Report of the Indian Hemp Drugs Commission, 1894-1895 - Volume VI
Year: 1894
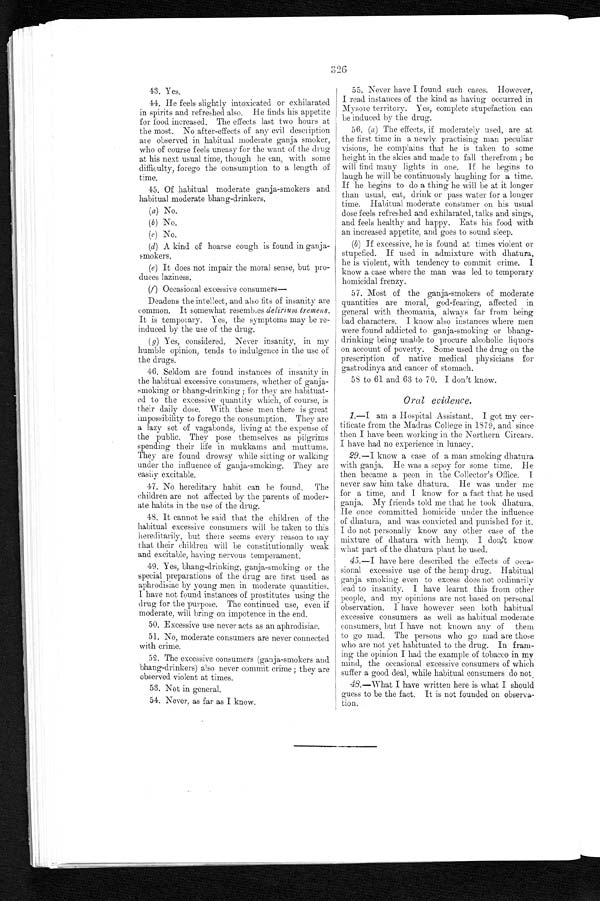
326
43. Yes.
44. He feels slightly intoxicated or exhilarated
in spirits and refreshed also. He finds his appetite
for food increased. The effects last two hours at
the most. No after-effects of any evil description
are observed in habitual moderate ganja smoker,
who of course feels uneasy for the want of the drug
at his next usual time, though he can, with some
difficulty, forego the consumption to a length of
time,
45. Of habitual moderate ganja-smokers and
habitual moderate bhang-drinkers.
(a) No.
(b) No.
(c)
N o .
(
d
) A kind of hoarse cough is found in ganja
- s m o k e r s .
(
e
) It does not impair the moral sense, but pro
- d u c e s l a z i n e s s .
(f) Occasional excessive consumers—
Deadens the intellect, and also fits of insanity are
common. It somewhat resembes delirium tremens.
It is temporary. Yes, the symptoms may be re
- i n d u c e d b y t h e u s e o f t h e d r u g .
(g) Yes, considered. Never insanity, in my
humble opinion, tends to indulgence in the use of
the drugs.
46. Seldom are found instances of insanity in
the habitual excessive consumers, whether of ganja
-smoking or bhang-drinking ; for they are habituat
- e d t o t h e e x c e s s i v e q u a n t i t y w h i c h , o f c o u r s e , i s
their daily dose. With these men there is great
impossibility to forego the consumption. They are
a lazy set of vagabonds, living at the expense of
the public. They pose themselves as pilgrims
spending their life in mukkams and muttums.
They are found drowsy while sitting or walking
under the influence of ganja-smoking. They are
easily excitable.
47. No hereditary habit can he found. The
children are not affected by the parents of moder
- a t e h a b i t s i n t h e u s e o f t h e d r u g .
48. It cannot be said that the children of the
habitual excessive consumers will be taken to this
hereditarily, but there seems every reason to say
that their children will be constitutionally weak
and excitable, having nervous temperament.
49. Yes, bhang-drinking, ganja-smoking or the
special preparations of the drug are first used as
aphrodisiac by young men in moderate quantities.
I have not found instances of prostitutes using the
drug for the purpose. The continued use, even if
moderate, will bring on impotence in the end.
50. Excessive use never acts as an aphrodisiac.
51. No, moderate consumers are never connected
with crime.
52. The excessive consumers (ganja-smokers and
bhang-drinkers) also never commit crime ; they are
observed violent at times.
53. Not in general.
54. Never, as far as I know.
55. Never have I found such cases. However,
I read instances of the kind as having occurred in
Mysore territory. Yes, complete stupefaction can
be induced by the drug.
56. (a) The effects, if moderately used, are at
the first time in a newly practising man peculiar
visions, he complains that he is taken to some
height in the skies and made to fall therefrom ; he
will find many lights in one. If he begins to
laugh he will be continuously laughing for a time.
If he begins to do a thing he will be at it longer
than usual, eat, drink or pass water for a longer
time. Habitual moderate consumer on his usual
dose feels refreshed and exhilarated, talks and sings,
and feels healthy and happy. Eats his food with
an increased appetite, and goes to sound sleep.
(b) If excessive, he is found at times violent or
stupefied. If used in admixture with dhatura,
he is violent, with tendency to commit crime. I
know a case where the man was led to temporary
homicidal frenzy.
57. Most of the ganja-smokers of moderate
quantities are moral, god-fearing, affected in
general with theomania, always far from being
bad characters. I know also instances where men
were found addicted to ganja-smoking or bhang
-drinking being unable to procure alcoholic liquors
on account of poverty. Some used the drug on the
prescription. of native medical physicians for
gastrodinya and cancer of stomach.
58 to 61 and 63 to 70. I don't know.
Oral evidence.
1.—I am a Hospital Assistant. I got my cer
-tificate from the Madras College in 1879, and since
then I have been working in the Northern Circars.
I have had no experience in lunacy.
29 .—1 know a case of a man smoking dhatura
with ganja. He was a sepoy for some time. He
then became a peon in the Collector's Office. I
never saw him take dhatura. He was under me
for a time, and I know for a fact that he used
ganja, My friends told me that he took dhatura.
He once committed homicide under the influence
of dhatura, and was convicted and punished for it.
I do not personally know any other case of the
mixture of dhatura with hemp. I don't know
what part of the dhatura plant he used.
45.—I have here described the effects of occa
-sional excessive use of the hemp drug. Habitual
ganja smoking even to excess does not ordinarily
lead to insanity. I have learnt this from other
people, and my opinions are not based on personal
observation. I have however seen both habitual
excessive consumers as well as habitual moderate
consumers, but I have not known any of them
to go mad. The persons who go mad are those
who are not yet habituated to the drug. In fram
-ing the opinion I had the example of tobacco in my
mind, the occasional excessive consumers of which
suffer a good deal, while habitual consumers do not.
48.—What I have written here is what I should
guess to be the fact. It is not founded on observa
-tion.